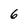
Character: 6